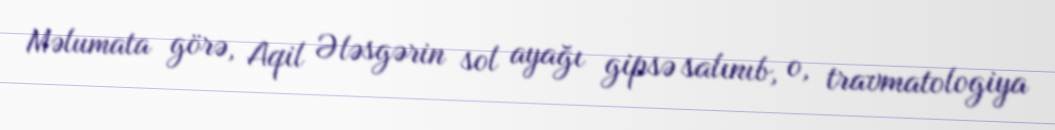
Məlumata görə, Aqil Ələsgərin sol ayağı gipsə salınıb, o, travmatologiya